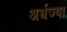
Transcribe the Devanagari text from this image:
अर्धज्या